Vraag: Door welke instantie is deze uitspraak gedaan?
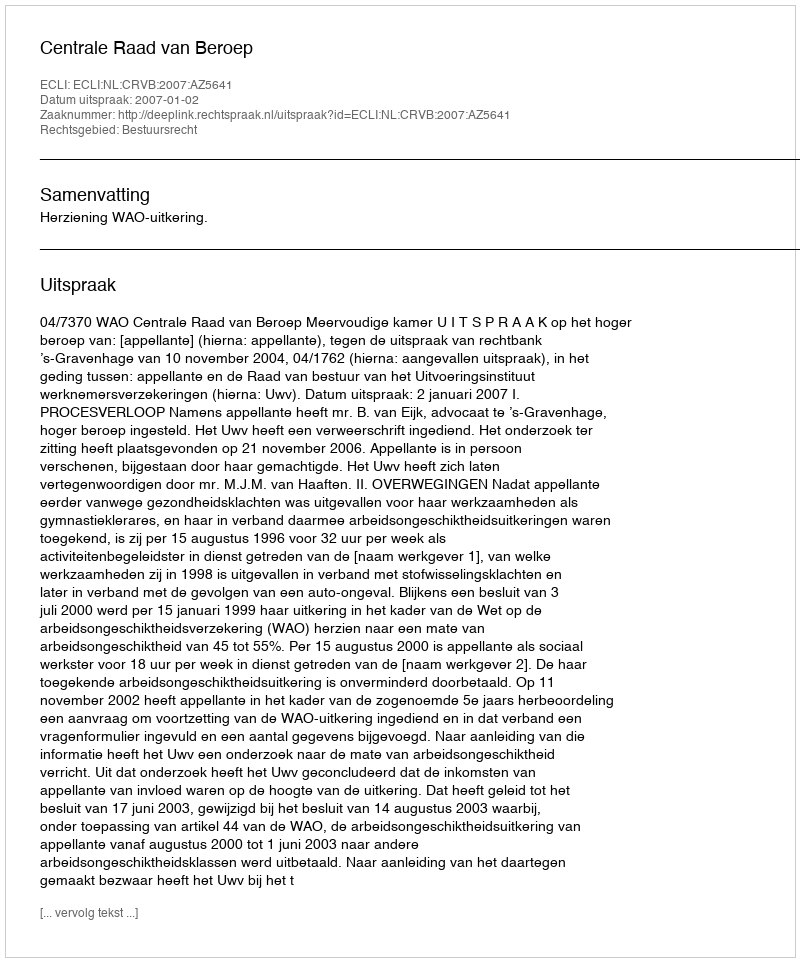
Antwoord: Centrale Raad van Beroep